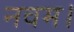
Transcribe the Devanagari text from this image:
नवम।